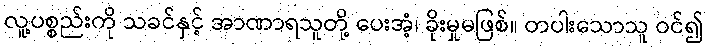
လူ့ပစ္စည်းကို သခင်နှင့် အာဏာရသူတို့ ပေးအံ့၊ ခိုးမှုမဖြစ်။ တပါးသောသူ ဝင်၍